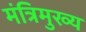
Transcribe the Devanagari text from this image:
मंत्रिमुख्य